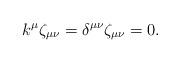
LaTeX: \begin{align*}k^{\mu}\zeta_{\mu \nu}=\delta^{\mu \nu}\zeta_{\mu \nu}=0.\end{align*}